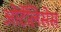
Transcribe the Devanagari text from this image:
ओर्टेलिसेस